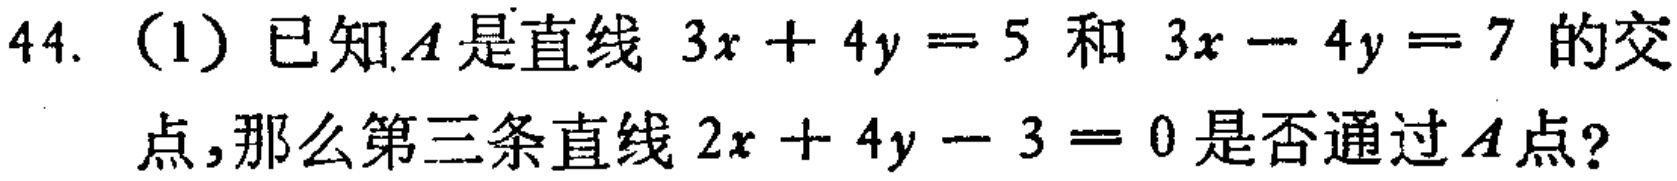
44. （1）已知\(A\)是直线 \(3x + 4y = 5\) 和 \(3x - 4y = 7\) 的交点，那么第三条直线 \(2x + 4y - 3 = 0\) 是否通过\(A\)点？